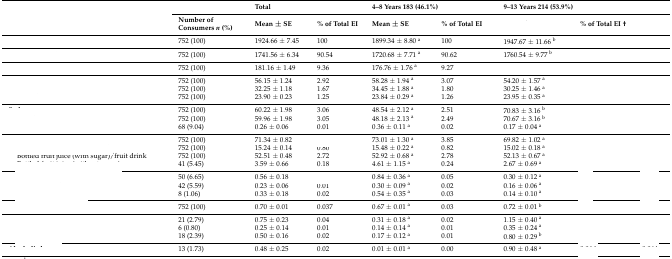
<table><thead><tr><td rowspan="2">[EMPTY_CELL]</td><td>[EMPTY_CELL]</td><td colspan="2"><b>Total</b></td><td colspan="2"><b>4–8 Years 183 (46.1%)</b></td><td colspan="2"><b>9–13 Years 214 (53.9%)</b></td><td>[EMPTY_CELL]</td></tr><tr><td><b>Number of Consumers <i>n</i> (%)</b></td><td><b>Mean ± SE</b></td><td><b>% of Total EI</b></td><td><b>Mean ± SE</b></td><td><b>% of Total EI</b></td><td>[EMPTY_CELL]</td><td><b>% of Total EI †</b></td><td>[EMPTY_CELL]</td></tr></thead><tbody><tr><td>[EMPTY_CELL]</td><td>752 (100)</td><td>1924.66 ± 7.45</td><td>100</td><td>1899.34 ± 8.80 <sup>a</sup></td><td>100</td><td>1947.67 ± 11.66 <sup>b</sup></td><td>[EMPTY_CELL]</td><td>[EMPTY_CELL]</td></tr><tr><td>[EMPTY_CELL]</td><td>752 (100)</td><td>1741.56 ± 6.34</td><td>90.54</td><td>1720.68 ± 7.71 <sup>a</sup></td><td>90.62</td><td>1760.54 ± 9.77 <sup>b</sup></td><td>[EMPTY_CELL]</td><td>[EMPTY_CELL]</td></tr><tr><td>[EMPTY_CELL]</td><td>752 (100)</td><td>181.16 ± 1.49</td><td>9.36</td><td>176.76 ± 1.76 <sup>a</sup></td><td>9.27</td><td>[EMPTY_CELL]</td><td>[EMPTY_CELL]</td><td>[EMPTY_CELL]</td></tr><tr><td>[EMPTY_CELL]</td><td>752 (100)</td><td>56.15 ± 1.24</td><td>2.92</td><td>58.28 ± 1.94 <sup>a</sup></td><td>3.07</td><td>54.20 ± 1.57 <sup>a</sup></td><td>[EMPTY_CELL]</td><td>[EMPTY_CELL]</td></tr><tr><td>[EMPTY_CELL]</td><td>752 (100)</td><td>32.25 ± 1.18</td><td>1.67</td><td>34.45 ± 1.88 <sup>a</sup></td><td>1.80</td><td>30.25 ± 1.46 <sup>a</sup></td><td>[EMPTY_CELL]</td><td>[EMPTY_CELL]</td></tr><tr><td>[EMPTY_CELL]</td><td>752 (100)</td><td>23.90 ± 0.23</td><td>1.25</td><td>23.84 ± 0.29 <sup>a</sup></td><td>1.26</td><td>23.95 ± 0.35 <sup>a</sup></td><td>[EMPTY_CELL]</td><td>[EMPTY_CELL]</td></tr><tr><td>[EMPTY_CELL]</td><td>752 (100)</td><td>60.22 ± 1.98</td><td>3.06</td><td>48.54 ± 2.12 <sup>a</sup></td><td>2.51</td><td>70.83 ± 3.16 <sup>b</sup></td><td>[EMPTY_CELL]</td><td>[EMPTY_CELL]</td></tr><tr><td>[EMPTY_CELL]</td><td>752 (100)</td><td>59.96 ± 1.98</td><td>3.05</td><td>48.18 ± 2.13 <sup>a</sup></td><td>2.49</td><td>70.67 ± 3.16 <sup>b</sup></td><td>[EMPTY_CELL]</td><td>[EMPTY_CELL]</td></tr><tr><td>[EMPTY_CELL]</td><td>68 (9.04)</td><td>0.26 ± 0.06</td><td>0.01</td><td>0.36 ± 0.11 <sup>a</sup></td><td>0.02</td><td>0.17 ± 0.04 <sup>a</sup></td><td>[EMPTY_CELL]</td><td>[EMPTY_CELL]</td></tr><tr><td>[EMPTY_CELL]</td><td>752 (100)</td><td>71.34 ± 0.82</td><td>[EMPTY_CELL]</td><td>73.01 ± 1.30 <sup>a</sup></td><td>3.85</td><td>69.82 ± 1.02 <sup>a</sup></td><td>[EMPTY_CELL]</td><td>[EMPTY_CELL]</td></tr><tr><td>[EMPTY_CELL]</td><td>752 (100)</td><td>15.24 ± 0.14</td><td>0.80</td><td>15.48 ± 0.22 <sup>a</sup></td><td>0.82</td><td>15.02 ± 0.18 <sup>a</sup></td><td>[EMPTY_CELL]</td><td>[EMPTY_CELL]</td></tr><tr><td>Bottled fruit juice (with sugar)/fruit drink</td><td>752 (100)</td><td>52.51 ± 0.48</td><td>2.72</td><td>52.92 ± 0.68 <sup>a</sup></td><td>2.78</td><td>52.13 ± 0.67 <sup>a</sup></td><td>[EMPTY_CELL]</td><td>[EMPTY_CELL]</td></tr><tr><td>[EMPTY_CELL]</td><td>41 (5.45)</td><td>3.59 ± 0.66</td><td>0.18</td><td>4.61 ± 1.15 <sup>a</sup></td><td>0.24</td><td>2.67 ± 0.69 <sup>a</sup></td><td>[EMPTY_CELL]</td><td>[EMPTY_CELL]</td></tr><tr><td>[EMPTY_CELL]</td><td>50 (6.65)</td><td>0.56 ± 0.18</td><td>[EMPTY_CELL]</td><td>0.84 ± 0.36 <sup>a</sup></td><td>0.05</td><td>0.30 ± 0.12 <sup>a</sup></td><td>[EMPTY_CELL]</td><td>[EMPTY_CELL]</td></tr><tr><td>[EMPTY_CELL]</td><td>42 (5.59)</td><td>0.23 ± 0.06</td><td>0.01</td><td>0.30 ± 0.09 <sup>a</sup></td><td>0.02</td><td>0.16 ± 0.06 <sup>a</sup></td><td>[EMPTY_CELL]</td><td>[EMPTY_CELL]</td></tr><tr><td>[EMPTY_CELL]</td><td>8 (1.06)</td><td>0.33 ± 0.18</td><td>0.02</td><td>0.54 ± 0.35 <sup>a</sup></td><td>0.03</td><td>0.14 ± 0.10 <sup>a</sup></td><td>[EMPTY_CELL]</td><td>[EMPTY_CELL]</td></tr><tr><td>[EMPTY_CELL]</td><td>752 (100)</td><td>0.70 ± 0.01</td><td>0.037</td><td>0.67 ± 0.01 <sup>a</sup></td><td>0.03</td><td>0.72 ± 0.01 <sup>b</sup></td><td>[EMPTY_CELL]</td><td>[EMPTY_CELL]</td></tr><tr><td>[EMPTY_CELL]</td><td>21 (2.79)</td><td>0.75 ± 0.23</td><td>0.04</td><td>0.31 ± 0.18 <sup>a</sup></td><td>0.02</td><td>1.15 ± 0.40 <sup>a</sup></td><td>[EMPTY_CELL]</td><td>[EMPTY_CELL]</td></tr><tr><td>[EMPTY_CELL]</td><td>6 (0.80)</td><td>0.25 ± 0.14</td><td>0.01</td><td>0.14 ± 0.14 <sup>a</sup></td><td>0.01</td><td>0.35 ± 0.24 <sup>a</sup></td><td>[EMPTY_CELL]</td><td>[EMPTY_CELL]</td></tr><tr><td>[EMPTY_CELL]</td><td>18 (2.39)</td><td>0.50 ± 0.16</td><td>0.02</td><td>0.17 ± 0.12 <sup>a</sup></td><td>0.01</td><td>0.80 ± 0.29 <sup>b</sup></td><td>[EMPTY_CELL]</td><td>[EMPTY_CELL]</td></tr><tr><td>[EMPTY_CELL]</td><td>13 (1.73)</td><td>0.48 ± 0.25</td><td>0.02</td><td>0.01 ± 0.01 <sup>a</sup></td><td>0.00</td><td>0.90 ± 0.48 <sup>a</sup></td><td>[EMPTY_CELL]</td><td>[EMPTY_CELL]</td></tr></tbody></table>